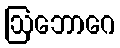
ဩဘောဂေ